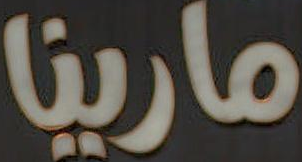
مارينا